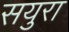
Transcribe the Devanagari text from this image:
सयुरा